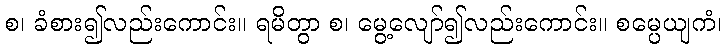
စ၊ ခံစား၍လည်းကောင်း။ ရမိတွာ စ၊ မွေ့လျော်၍လည်းကောင်း။ စမ္ပေယျကံ၊